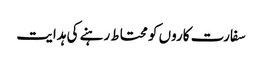
سفارت کاروں کو محتاط رہنے کی ہدایت